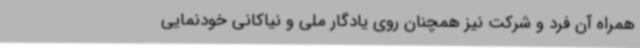
همراه آن فرد و شرکت نیز همچنان روی یادگار ملی و نیاکانی خودنمایی